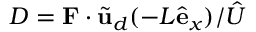
{ D } = { \bf F } \cdot \tilde { \mathbf { u } } _ { d } ( - L \hat { \mathbf { e } } _ { x } ) / \hat { U }